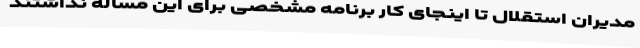
مدیران استقلال تا اینجای کار برنامه‌ مشخصی برای این مساله نداشتند